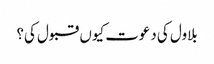
بلاول کی دعوت کیوں قبول کی؟